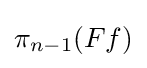
\pi _{n-1}(Ff)